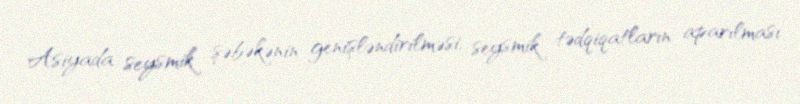
Asiyada seysmik şəbəkənin genişləndirilməsi, seysmik tədqiqatların aparılması